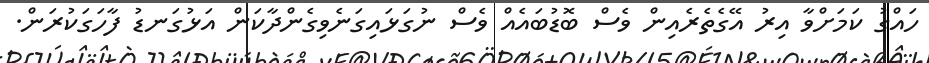
ހައްގު ކަމަށްވާ އިރު އޭގެތެރެއިން ވެސް ބޮޑުބައެއް ވެސް ނުގަޅައިގަނެވިގެންދާކަން އަޅުގަނޑު ފާހަގަކުރަން.